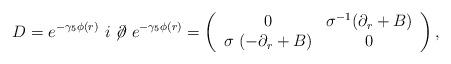
LaTeX: \begin{align*}D=e^{-\gamma _5\phi (r)\ }i\not \! \partial \ e^{-\gamma_5\phi (r)}=\left(\begin{array}{cc}0 & \sigma ^{-1}(\partial _r+B) \\\sigma \ (-\partial _r+B) & 0\end{array}\right),\end{align*}